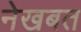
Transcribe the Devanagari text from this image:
नेखबत